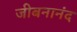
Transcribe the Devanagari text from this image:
जीबनानंद